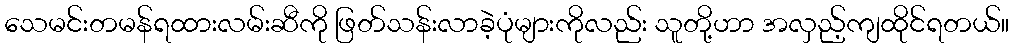
သေမင်းတမန်ရထားလမ်းဆီကို ဖြတ်သန်းလာခဲ့ပုံများကိုလည်း သူတို့ဟာ အလှည့်ကျထိုင်ရတယ်။